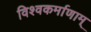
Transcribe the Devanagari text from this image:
विश्वकर्माणाम्